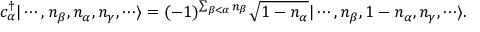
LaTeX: c _ { \alpha } ^ { \dagger } | \cdots , n _ { \beta } , n _ { \alpha } , n _ { \gamma } , \cdots \rangle = ( - 1 ) ^ { \sum _ { \beta < \alpha } n _ { \beta } } { \sqrt { 1 - n _ { \alpha } } } | \cdots , n _ { \beta } , 1 - n _ { \alpha } , n _ { \gamma } , \cdots \rangle .